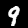
Digit: 9